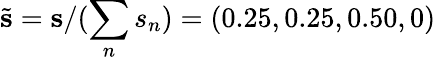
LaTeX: \tilde{\mathbf{s}}=\mathbf{s}/(\sum_{n}s_{n})=(0.25,0.25,0.50,0)